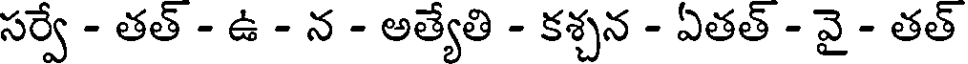
సర్వే - తత్ - ఉ - న - అత్యేతి - కశ్చన - ఏతత్ - వై - తత్